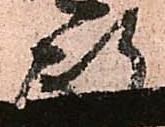
政